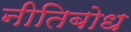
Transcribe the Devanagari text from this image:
नीतिबोध